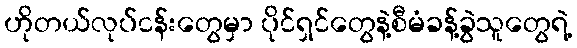
ဟိုတယ်လုပ်ငန်းတွေမှာ ပိုင်ရှင်တွေနဲ့စီမံခန့်ခွဲသူတွေရဲ့